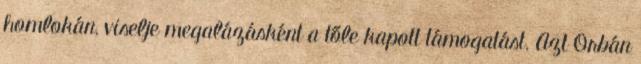
homlokán, viselje megalázásként a tőle kapott támogatást. Azt Orbán